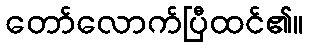
တော်လောက်ပြီထင်၏။